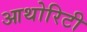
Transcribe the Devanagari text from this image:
आथोरिटी